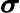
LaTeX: \boldsymbol\sigma